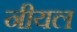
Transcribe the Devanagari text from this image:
नीयल